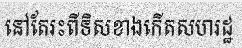
នៅតែរះពីទិសខាងកើតសហរដ្ឋ